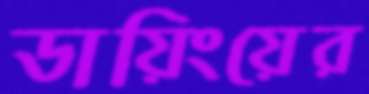
ডায়িংয়ের